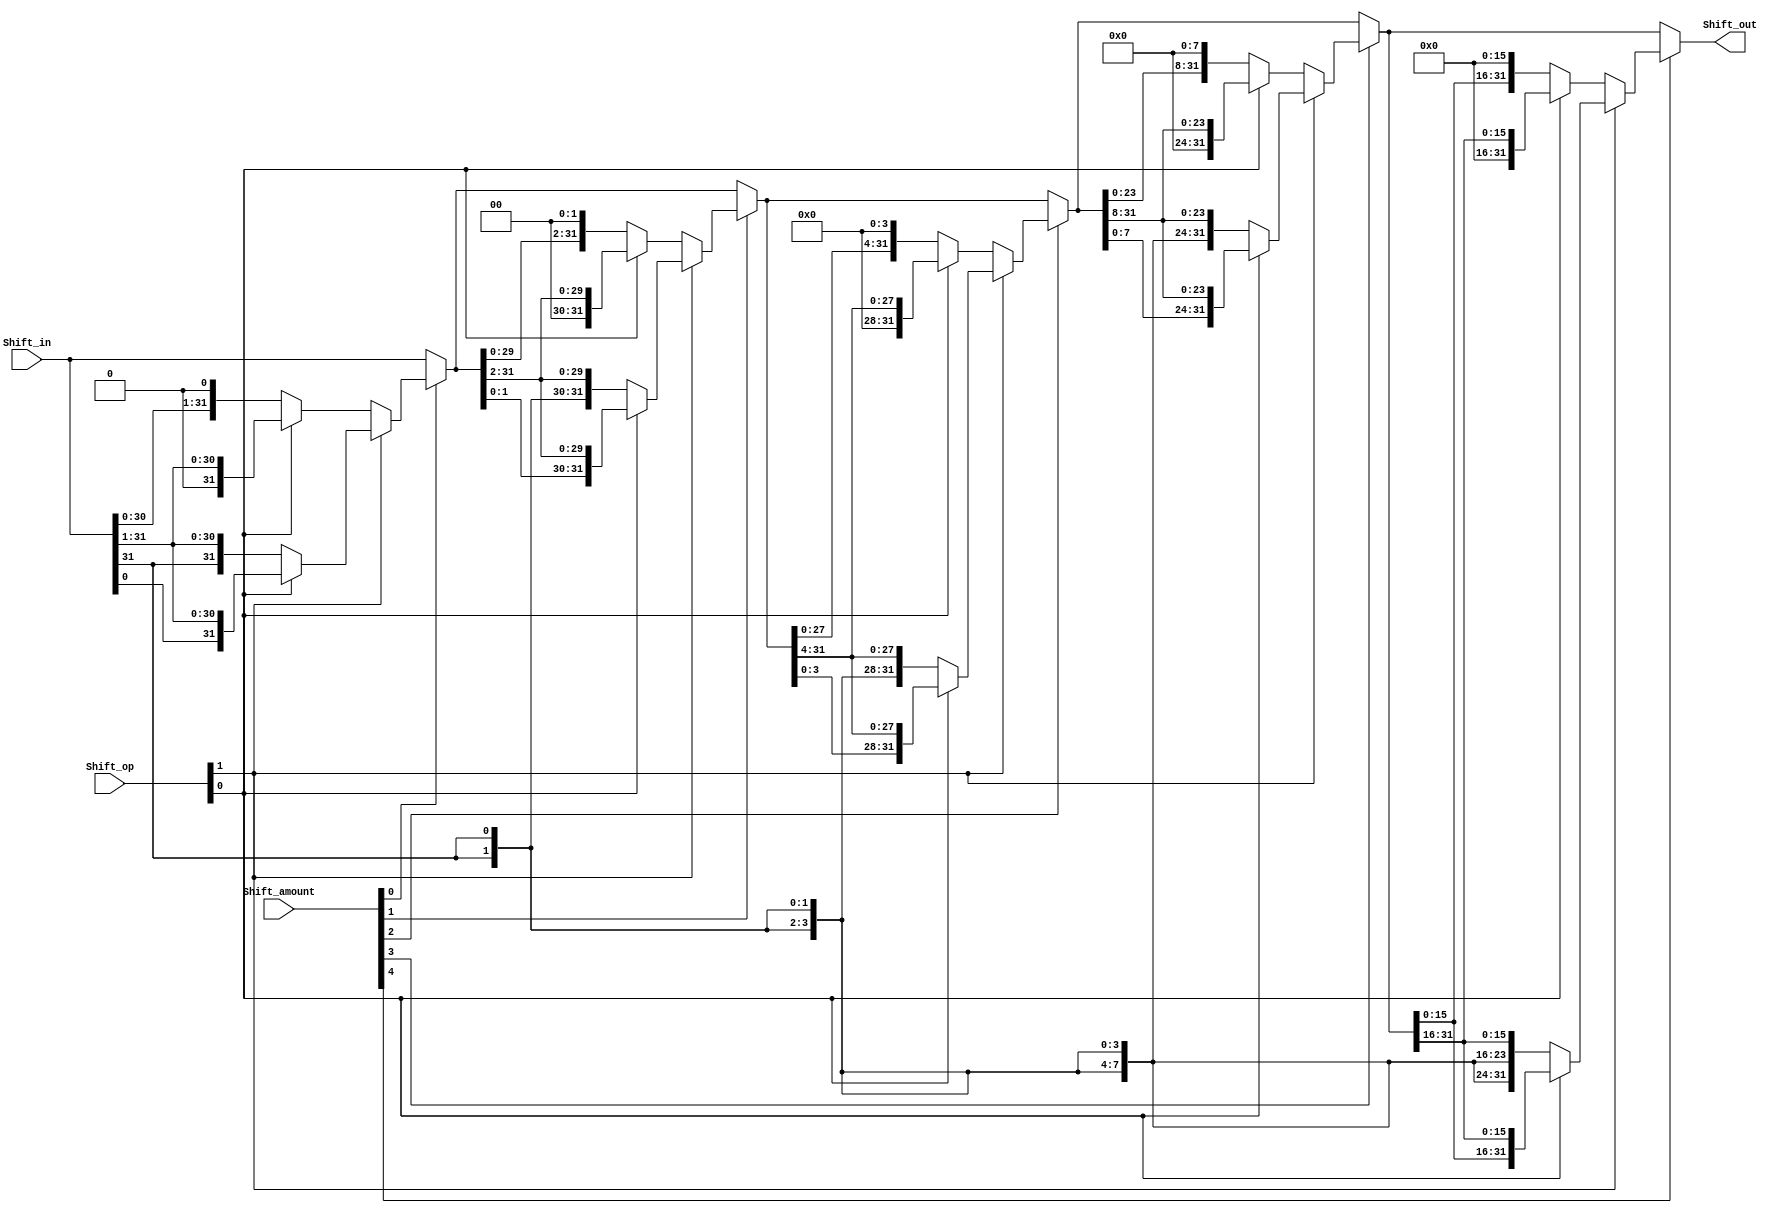
module BarrelShifter(
	input [31:0] Shift_in,
	input [4:0] Shift_amount,
	input [1:0] Shift_op,
	output [31:0] Shift_out
);
	//124816
	wire [31:0] shift0, shift1, shift2, shift3;

	//Shift_amount[0]1
	assign shift0=Shift_amount[0]?
					  ((Shift_op[1]==1'b0)?
					  ((Shift_op[0]==1'b0)?{Shift_in[30:0],1'b0}:{1'b0,Shift_in[31:1]}):
					  ((Shift_op[0]==1'b0)?{Shift_in[31],Shift_in[31:1]}:{Shift_in[0],Shift_in[31:1]})
					  ):Shift_in;
	assign shift1=Shift_amount[1]?
					  ((Shift_op[1]==1'b0)?
					  ((Shift_op[0]==1'b0)?{shift0[29:0],2'b0}:{2'b0,shift0[31:2]}):
					  ((Shift_op[0]==1'b0)?{{2{Shift_in[31]}},shift0[31:2]}:{shift0[1:0],shift0[31:2]})
					  ):shift0;
	assign shift2=Shift_amount[2]?
					  ((Shift_op[1]==1'b0)?
					  ((Shift_op[0]==1'b0)?{shift1[27:0],4'b0}:{4'b0,shift1[31:4]}):
					  ((Shift_op[0]==1'b0)?{{4{Shift_in[31]}},shift1[31:4]}:{shift1[3:0],shift1[31:4]})
					  ):shift1;
	assign shift3=Shift_amount[3]?
					  ((Shift_op[1]==1'b0)?
					  ((Shift_op[0]==1'b0)?{shift2[23:0],8'b0}:{8'b0,shift2[31:8]}):
					  ((Shift_op[0]==1'b0)?{{8{Shift_in[31]}},shift2[31:8]}:{shift2[7:0],shift2[31:8]})
					  ):shift2;
	assign Shift_out=Shift_amount[4]?
						  ((Shift_op[1]==1'b0)?
						  ((Shift_op[0]==1'b0)?{shift3[15:0],16'b0}:{16'b0,shift3[31:16]}):
						  ((Shift_op[0]==1'b0)?{{16{Shift_in[31]}},shift3[31:16]}:{shift3[15:0],shift3[31:16]})
						  ):shift3;
endmodule


/* Shift_op	Function
  ---------------------
	00			
	01			
	10			
	11			
*/